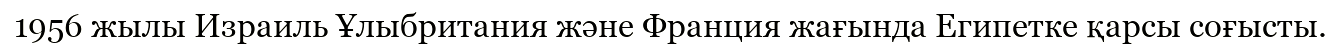
1956 жылы Израиль Ұлыбритания және Франция жағында Египетке қарсы соғысты.